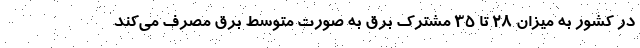
در کشور به میزان ۲۸ تا ۳۵ مشترک برق به صورت متوسط برق مصرف می‌کند